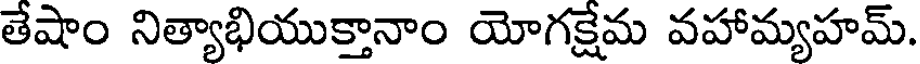
తేషాం నిత్యాభియుక్తానాం యోగక్షేమ వహామ్యహమ్.